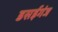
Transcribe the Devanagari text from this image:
डसईगंज